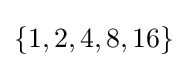
\{1,2,4,8,16\}